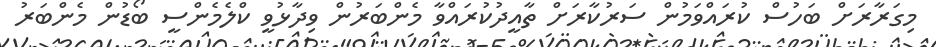
މިގަރާރަށް ބަހުސް ކުރައްވަމުން ސަރުކާރަށް ތާއީދުކުރައްވާ މެންބަރުން ވިދާޅުވީ ކްލެމެންސީ ބޯޑުން މެންބަރު